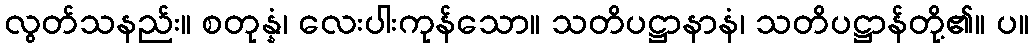
လွတ်သနည်း။ စတုန္နံ၊ လေးပါးကုန်သော။ သတိပဋ္ဌာနာနံ၊ သတိပဋ္ဌာန်တို့၏။ ပ။